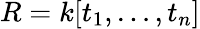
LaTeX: R=k[t_{1},\ldots,t_{n}]